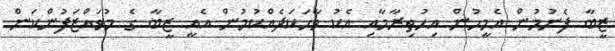
ޒީބާ ފެނުމުން އެމީހުން އިހުތިރާމާއި އެކު ވާހަކަދެއްކުމުން އެއީ ޒީބާ ގެ މުވައްޒަފުންކަން